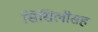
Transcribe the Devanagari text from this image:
सिसिलीसह